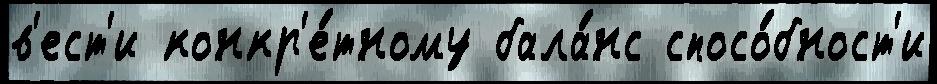
в'ест'и конкр'е́тному бала́нс спосо́бност'и